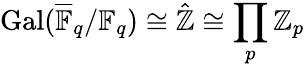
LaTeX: \operatorname{Gal}({\overline{{\mathbb{F}}}}_{q}/\mathbb{F}_{q})\cong{\hat{\mathbb{Z}}}\cong\prod_{p}\mathbb{Z}_{p}